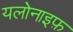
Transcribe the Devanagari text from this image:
यलोनाइफ़